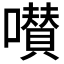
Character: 𡂐